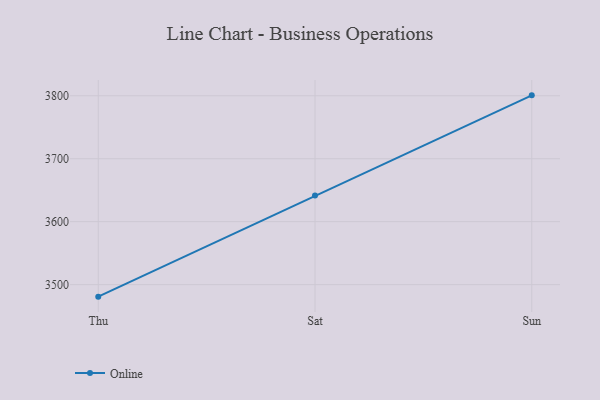
{"axis": {"x": "Day", "y": "Inventory Turnover"}, "legend": ["Online"], "data": [{"x": "Thu", "y": 3480.9, "type": "Online"}, {"x": "Sat", "y": 3641.4, "type": "Online"}, {"x": "Sun", "y": 3800.7, "type": "Online"}]}